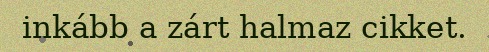
inkább a zárt halmaz cikket.